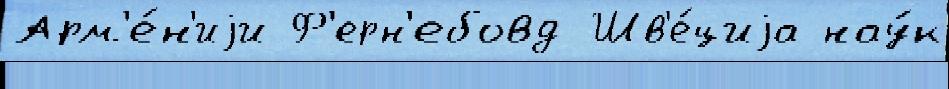
Арм'е́н'иjи Ф'ерн'ебовд Шв'е́циjа нау́к